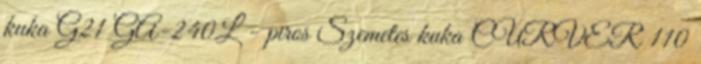
kuka G21 GA-240L - piros Szemetes kuka CURVER 110